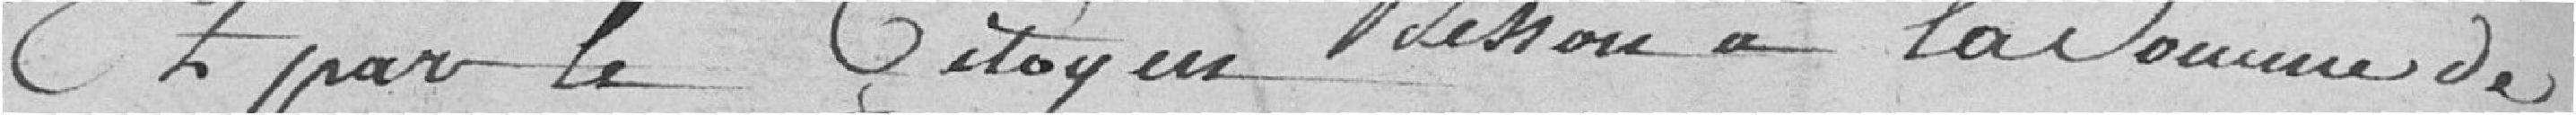
et par le Citoyen Messon à la somme de